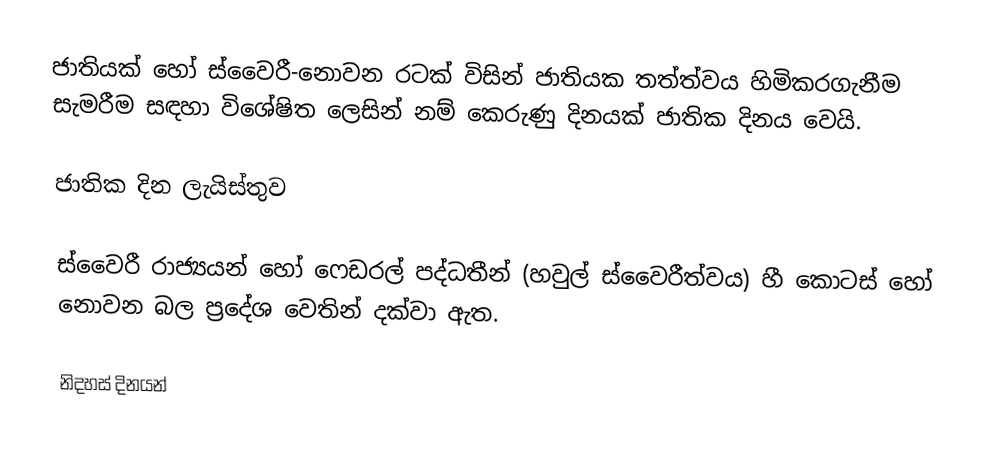
ජාතියක් හෝ ස්වෛරී-නොවන රටක් විසින් ජාතියක තත්ත්වය හිමිකරගැනීම සැමරීම සඳහා විශේෂිත ලෙසින් නම් කෙරුණු දිනයක්  ජාතික දිනය වෙයි.

ජාතික දින ලැයිස්තුව

ස්වෛරී රාජ්‍යයන් හෝ ෆෙඩරල් පද්ධතීන් (හවුල් ස්වෛරීත්වය) හී කොටස් හෝ නොවන බල ප්‍රදේශ  වෙතින් දක්වා ඇත.

නිදහස් දිනයන්